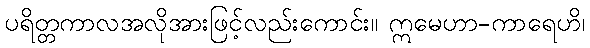
ပရိတ္တကာလအလိုအားဖြင့်လည်းကောင်း။ ဣမေဟာ-ကာရေဟိ၊